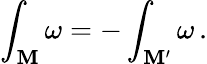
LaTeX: \int_{\mathbf{M}}\omega=-\int_{\mathbf{M}^{\prime}}\omega\, .